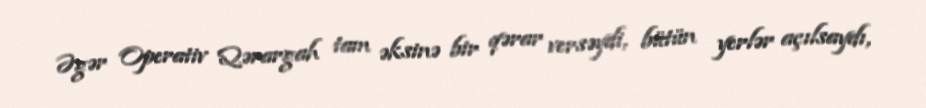
Əgər Operativ Qərargah tam əksinə bir qərar versəydi, bütün yerlər açılsaydı,